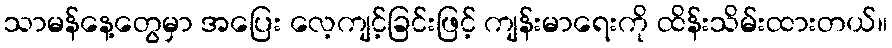
သာမန်နေ့တွေမှာ အပြေး လေ့ကျင့်ခြင်းဖြင့် ကျန်းမာရေးကို ထိန်းသိမ်းထားတယ်။